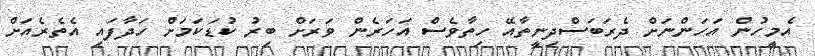
އެމީހުން އަހަންނަށް ދެރަބަސްދިނީތާއޭ ހިތާވެސް އަހަރެން ވަރަށް ބިރު ކުޑަކަމަށް ހަދާފައި އެތެރެއަށް